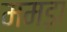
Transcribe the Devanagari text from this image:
ममड़ा